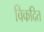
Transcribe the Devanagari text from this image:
विकदित